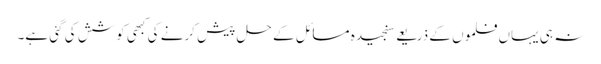
نہ ہی یہاں فلموں کے ذریعے سنجیدہ مسائل کے حل پیش کرنے کی کبھی کوشش کی گئی ہے۔